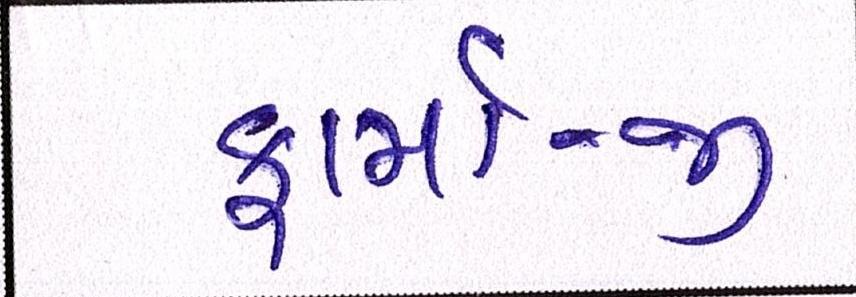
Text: ફાર્મા-જી